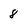
Character: 8